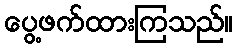
ပွေ့ဖက်ထားကြသည်။